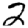
Digit: 2